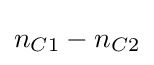
n_{C1}-n_{C2}